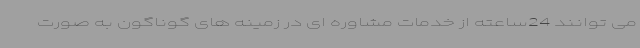
می توانند 24ساعته از خدمات مشاوره ای در زمینه های گوناگون به صورت